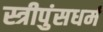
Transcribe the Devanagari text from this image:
स्त्रीपुंसधर्म